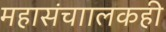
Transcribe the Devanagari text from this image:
महासंचाालकही